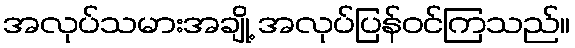
အလုပ်သမားအချို့ အလုပ်ပြန်ဝင်ကြသည်။